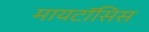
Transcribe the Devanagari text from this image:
मायटॉसिस